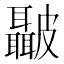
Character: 𭽺